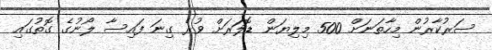
ސަރުކާރުން މިހާތަނަށް 500 މިލިޔަން ޑޮލަރަށް ވުރެ ގިނަ ފައިސާ ލޯނުގެ ގޮތުގައި